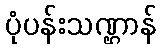
ပုံပန်းသဏ္ဌာန်